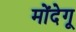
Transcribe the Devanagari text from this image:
मोंदेगू